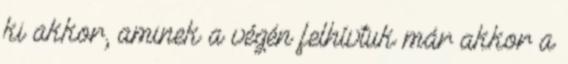
ki akkor, aminek a végén felhívtuk már akkor a